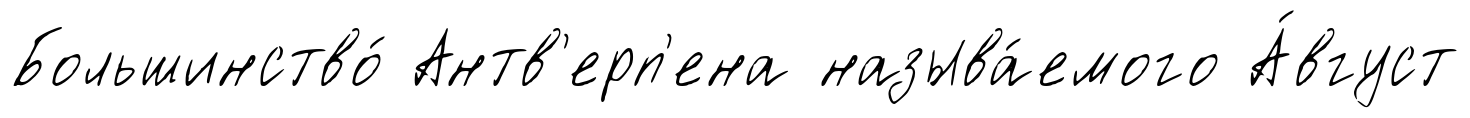
Большинство́ Антв'ерп'ена называ́емого А́вгуст